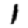
Digit: 1